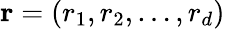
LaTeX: \mathbf{r}=\left(r_{1},r_{2},\ldots,r_{d}\right)